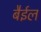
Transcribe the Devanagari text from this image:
बैईल